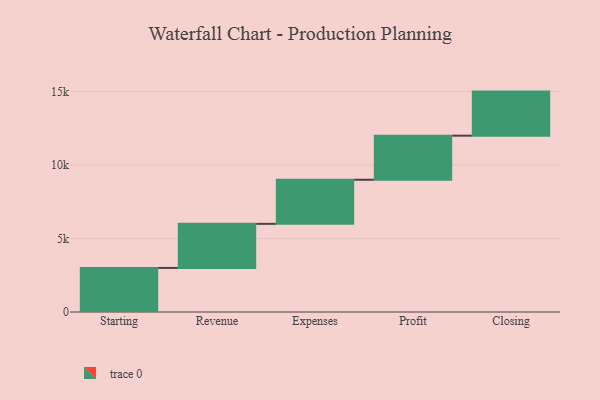
{"axis": {"x": "Step", "y": "Value"}, "legend": [""], "data": [{"x": "Starting", "y": 3000, "type": ""}, {"x": "Revenue", "y": 3000, "type": ""}, {"x": "Expenses", "y": 3000, "type": ""}, {"x": "Profit", "y": 3000, "type": ""}, {"x": "Closing", "y": 3000, "type": ""}]}